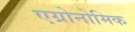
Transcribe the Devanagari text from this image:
एग्रोनोमिक